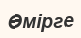
Өмірге